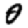
Digit: 0